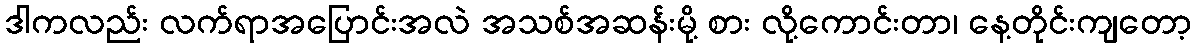
ဒါကလည်း လက်ရာအပြောင်းအလဲ အသစ်အဆန်းမို့ စား လို့ကောင်းတာ၊ နေ့တိုင်းကျတော့